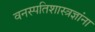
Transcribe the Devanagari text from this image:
वनस्पतिशास्त्रज्ञांना